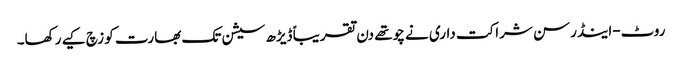
روٹ-اینڈرسن شراکت داری نے چوتھے دن تقریباً ڈیڑھ سیشن تک بھارت کو زچ کیے رکھا۔